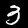
Label: 3